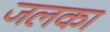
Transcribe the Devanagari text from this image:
जलका